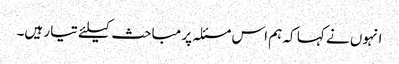
انہوں نے کہا کہ ہم اس مسئلہ پر مباحث کیلئے تیار ہیں۔